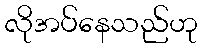
လိုအပ်နေသည်ဟု